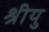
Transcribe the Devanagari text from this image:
श्रीयु